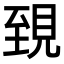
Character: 𧠫